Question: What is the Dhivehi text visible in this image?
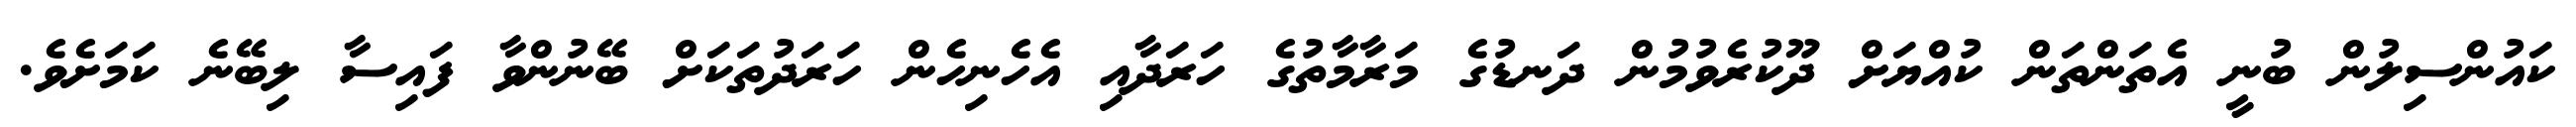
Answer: ކައުންސިލުން ބުނީ އެތަންތަން ކުއްޔަށް ދޫކުރެވުމުން ދަނޑުގެ މަރާމާތުގެ ހަރަދާއި އެހެނިހެން ހަރަދުތަކަށް ބޭނުންވާ ފައިސާ ލިބޭނެ ކަމަށެވެ.